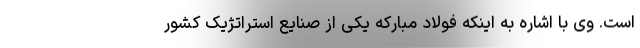
است. وی با اشاره به اینکه فولاد مبارکه یکی از صنایع استراتژیک کشور